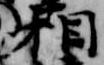
相